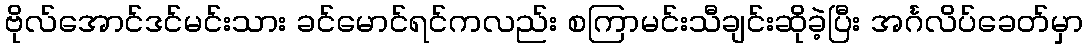
ဗိုလ်အောင်ဒင်မင်းသား ခင်မောင်ရင်ကလည်း စကြာမင်းသီချင်းဆိုခဲ့ပြီး အင်္ဂလိပ်ခေတ်မှာ